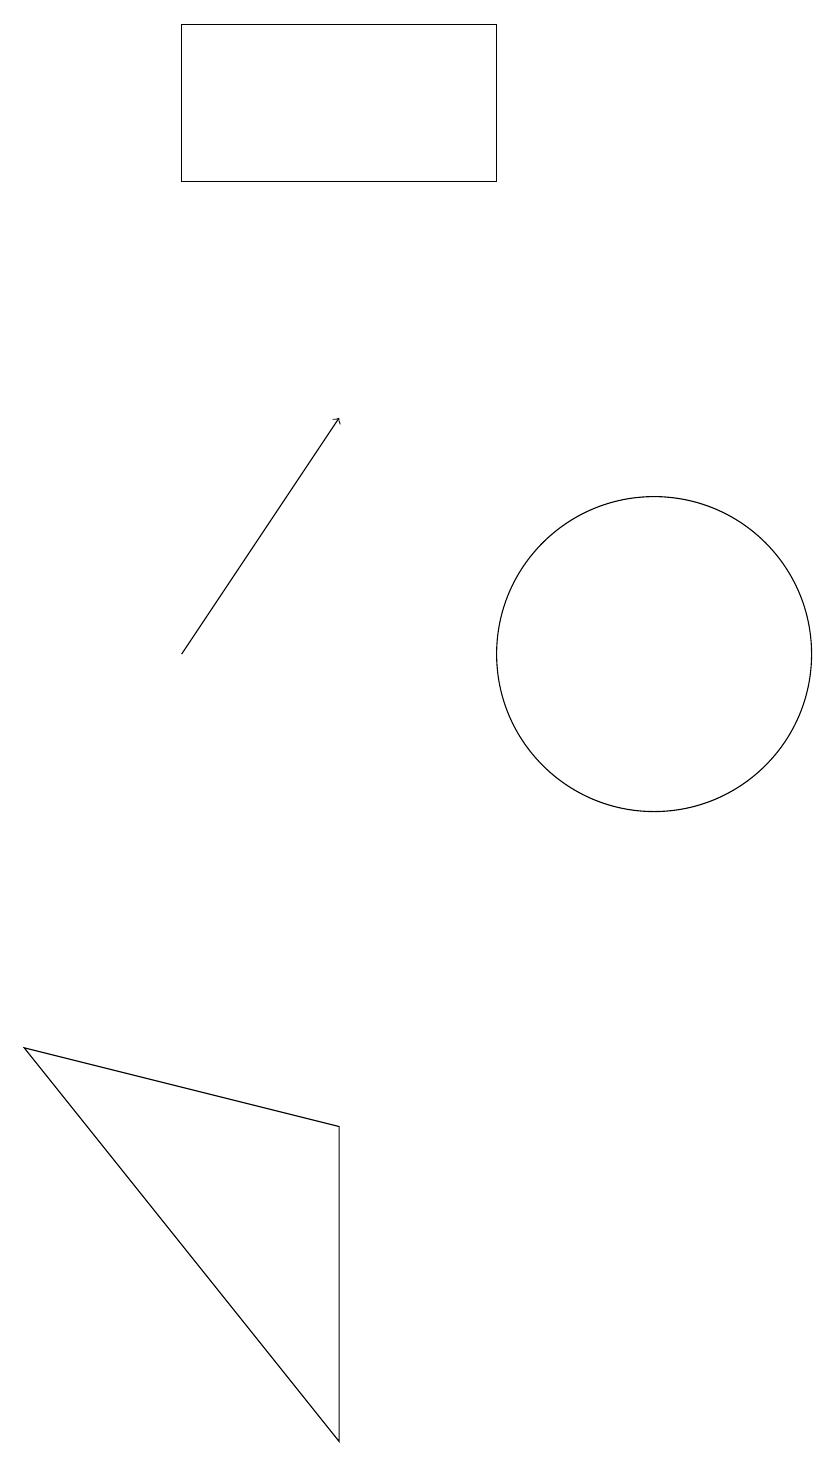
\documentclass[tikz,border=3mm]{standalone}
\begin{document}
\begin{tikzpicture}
\draw (6,4) -- (2,5) -- (6,0) -- cycle;
\draw[->] (4,10) -- (6,13);
\draw (10,10) circle (2);
\draw (4,18) rectangle (8,16);
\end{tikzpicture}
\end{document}